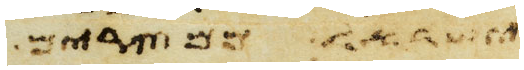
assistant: ישראל ממצרים